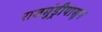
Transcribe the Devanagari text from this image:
राजमुंड्रीपासून